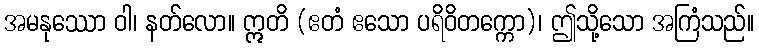
အမနုဿော ဝါ၊ နတ်လော။ ဣတိ (ဧတံ ဧသော ပရိဝိတက္ကော)၊ ဤသို့သော အကြံသည်။